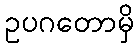
ဥပဂတောမှိ